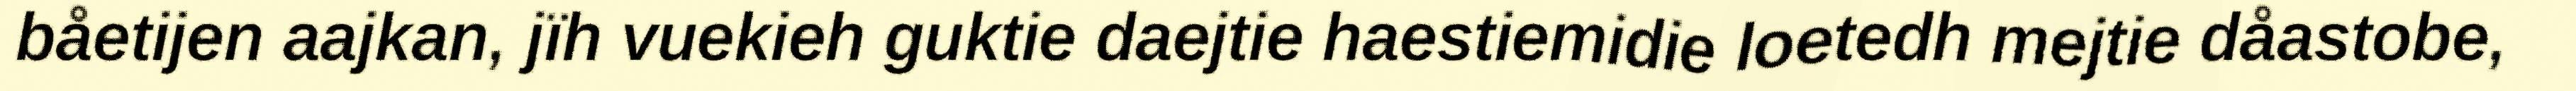
båetijen aajkan, jïh vuekieh guktie daejtie haestiemidie loetedh mejtie dåastobe,